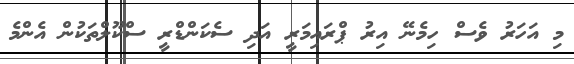
މި އަހަރު ވެސް ހިމެނޭ އިރު ޕްރައިމަރީ އަދި ސެކަންޑްރީ ސްކޫލްތަކުން އެންމެ